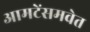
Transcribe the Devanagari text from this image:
आमटेंसमवेत